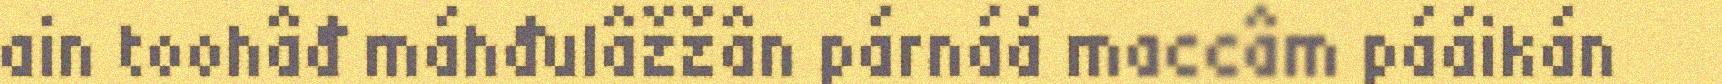
ain toohâđ máhđulâžžân párnáá maccâm pááikán